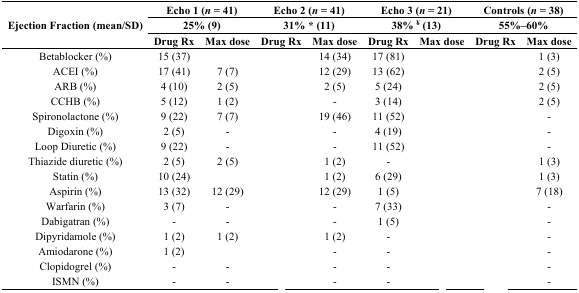
<table><thead><tr><td rowspan="3"><b>Ejection Fraction (mean/SD)</b></td><td colspan="2"><b>Echo 1 (<i>n</i> = 41)</b></td><td colspan="2"><b>Echo 2 (<i>n</i> = 41)</b></td><td colspan="2"><b>Echo 3 (<i>n</i> = 21)</b></td><td colspan="2"><b>Controls (<i>n</i> = 38)</b></td></tr><tr><td colspan="2"><b>25% (9)</b></td><td colspan="2"><b>31% * (11)</b></td><td colspan="2"><b>38% <sup>¥</sup> (13)</b></td><td colspan="2"><b>55%–60%</b></td></tr><tr><td><b>Drug Rx</b></td><td><b>Max dose</b></td><td><b>Drug Rx</b></td><td><b>Max dose</b></td><td><b>Drug Rx</b></td><td><b>Max dose</b></td><td><b>Drug Rx</b></td><td><b>Max dose</b></td></tr></thead><tbody><tr><td>Betablocker (%)</td><td>15 (37)</td><td>[EMPTY_CELL]</td><td>[EMPTY_CELL]</td><td>14 (34)</td><td>17 (81)</td><td>[EMPTY_CELL]</td><td>[EMPTY_CELL]</td><td>1 (3)</td></tr><tr><td>ACEI (%)</td><td>17 (41)</td><td>7 (7)</td><td>[EMPTY_CELL]</td><td>12 (29)</td><td>13 (62)</td><td>[EMPTY_CELL]</td><td>[EMPTY_CELL]</td><td>2 (5)</td></tr><tr><td>ARB (%)</td><td>4 (10)</td><td>2 (5)</td><td>[EMPTY_CELL]</td><td>2 (5)</td><td>5 (24)</td><td>[EMPTY_CELL]</td><td>[EMPTY_CELL]</td><td>2 (5)</td></tr><tr><td>CCHB (%)</td><td>5 (12)</td><td>1 (2)</td><td>[EMPTY_CELL]</td><td>-</td><td>3 (14)</td><td>[EMPTY_CELL]</td><td>[EMPTY_CELL]</td><td>2 (5)</td></tr><tr><td>Spironolactone (%)</td><td>9 (22)</td><td>7 (7)</td><td>[EMPTY_CELL]</td><td>19 (46)</td><td>11 (52)</td><td>[EMPTY_CELL]</td><td>[EMPTY_CELL]</td><td>-</td></tr><tr><td>Digoxin (%)</td><td>2 (5)</td><td>-</td><td>[EMPTY_CELL]</td><td>-</td><td>4 (19)</td><td>[EMPTY_CELL]</td><td>[EMPTY_CELL]</td><td>-</td></tr><tr><td>Loop Diuretic (%)</td><td>9 (22)</td><td>-</td><td>[EMPTY_CELL]</td><td>-</td><td>11 (52)</td><td>[EMPTY_CELL]</td><td>[EMPTY_CELL]</td><td>-</td></tr><tr><td>Thiazide diuretic (%)</td><td>2 (5)</td><td>2 (5)</td><td>[EMPTY_CELL]</td><td>1 (2)</td><td>-</td><td>[EMPTY_CELL]</td><td>[EMPTY_CELL]</td><td>1 (3)</td></tr><tr><td>Statin (%)</td><td>10 (24)</td><td>[EMPTY_CELL]</td><td>[EMPTY_CELL]</td><td>1 (2)</td><td>6 (29)</td><td>[EMPTY_CELL]</td><td>[EMPTY_CELL]</td><td>1 (3)</td></tr><tr><td>Aspirin (%)</td><td>13 (32)</td><td>12 (29)</td><td>[EMPTY_CELL]</td><td>12 (29)</td><td>1 (5)</td><td>[EMPTY_CELL]</td><td>[EMPTY_CELL]</td><td>7 (18)</td></tr><tr><td>Warfarin (%)</td><td>3 (7)</td><td>-</td><td>[EMPTY_CELL]</td><td>-</td><td>7 (33)</td><td>[EMPTY_CELL]</td><td>[EMPTY_CELL]</td><td>-</td></tr><tr><td>Dabigatran (%)</td><td>-</td><td>-</td><td>[EMPTY_CELL]</td><td>-</td><td>1 (5)</td><td>[EMPTY_CELL]</td><td>[EMPTY_CELL]</td><td>-</td></tr><tr><td>Dipyridamole (%)</td><td>1 (2)</td><td>1 (2)</td><td>[EMPTY_CELL]</td><td>1 (2)</td><td>-</td><td>[EMPTY_CELL]</td><td>[EMPTY_CELL]</td><td>-</td></tr><tr><td>Amiodarone (%)</td><td>1 (2)</td><td>[EMPTY_CELL]</td><td>[EMPTY_CELL]</td><td>-</td><td>-</td><td>[EMPTY_CELL]</td><td>[EMPTY_CELL]</td><td>-</td></tr><tr><td>Clopidogrel (%)</td><td>-</td><td>-</td><td>[EMPTY_CELL]</td><td>-</td><td>-</td><td>[EMPTY_CELL]</td><td>[EMPTY_CELL]</td><td>-</td></tr><tr><td>ISMN (%)</td><td>-</td><td>-</td><td>[EMPTY_CELL]</td><td>-</td><td>-</td><td>[EMPTY_CELL]</td><td>[EMPTY_CELL]</td><td>-</td></tr></tbody></table>